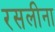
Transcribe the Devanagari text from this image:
रसलीना